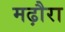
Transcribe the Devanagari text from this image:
मढ़ौरा